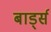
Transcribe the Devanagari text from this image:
बार्ड्स